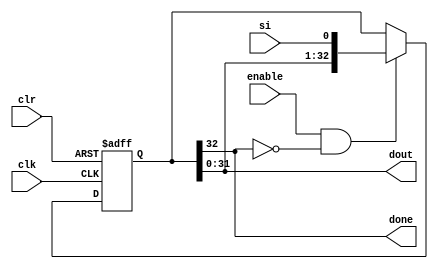
// shift register, serial in, parallel out, async clear

module shift_in( clk, clr, enable, si, dout, done );
	parameter width = 32;

	input clk, si, clr, enable;
	output [ width - 1 : 0 ] dout;
	output done;

	reg [ width : 0 ] data;

	always @( posedge clk or posedge clr )
	begin
		if( clr )
			data <= 1; // { ( width ){ 1'b0 }};
		else if( enable && !done )
			data <= { data[ width - 1 : 0 ], si };
		// no changeif not clear or enable
	end

	assign dout = { data[ width - 1 : 0 ] };
	assign done = data[ width ];
endmodule